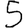
Digit: 5